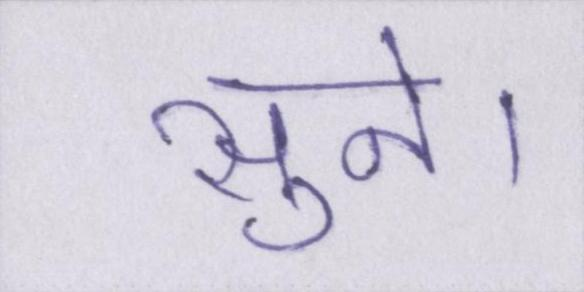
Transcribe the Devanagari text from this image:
सुने।